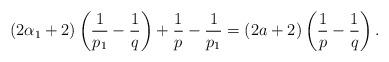
LaTeX: \begin{align*} (2\alpha_1+2)\left(\frac{1}{p_1}-\frac1q \right)+\frac1p-\frac{1}{p_1}=(2a+2)\left(\frac1p-\frac1q \right).\end{align*}